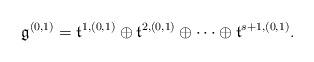
LaTeX: \begin{align*}\mathfrak{g}^{(0,1)}=\mathfrak{t}^{1,(0,1)}\oplus\mathfrak{t}^{2,(0,1)}\oplus\cdots\oplus\mathfrak{t}^{s+1,(0,1)}.\end{align*}